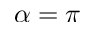
\alpha = \pi